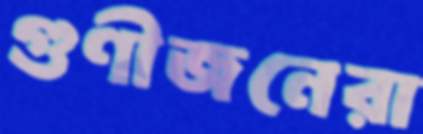
গুণীজনেরা